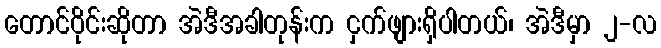
တောင်ဝိုင်းဆိုတာ အဲဒီအခါတုန်းက ငှက်ဖျားရှိပါတယ်၊ အဲဒီမှာ ၂-လ